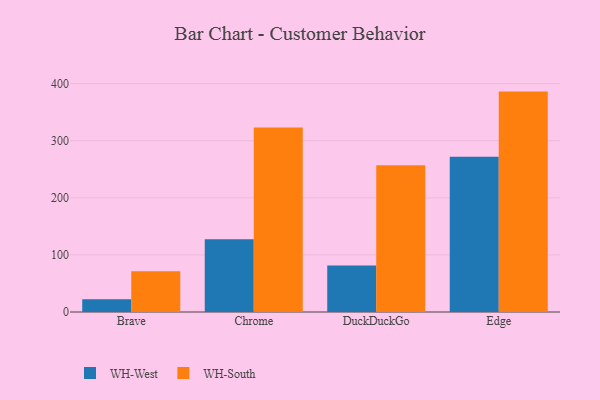
{"axis": {"x": "Browser", "y": "Operating Costs (USD K)"}, "legend": ["WH-South", "WH-West"], "data": [{"x": "Brave", "y": 22.5, "type": "WH-West"}, {"x": "Brave", "y": 71.3, "type": "WH-South"}, {"x": "Chrome", "y": 127.3, "type": "WH-West"}, {"x": "Chrome", "y": 323.2, "type": "WH-South"}, {"x": "DuckDuckGo", "y": 81.6, "type": "WH-West"}, {"x": "DuckDuckGo", "y": 257.0, "type": "WH-South"}, {"x": "Edge", "y": 271.9, "type": "WH-West"}, {"x": "Edge", "y": 386.0, "type": "WH-South"}]}